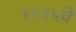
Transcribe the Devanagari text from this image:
१९१५चे